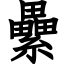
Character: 纍